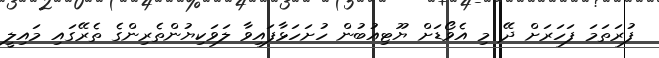
ފުރަތަމަ ފަހަރަށް ދޭ މި އެވޯޑަށް ޔޫޓިއުބުން ހުށަހަޅާފައިވާ ލަވަކިޔުންތެރިންގެ ތެރޭގައި މައިލީ